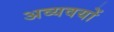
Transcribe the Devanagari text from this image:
अव्यवयों